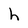
Character: h